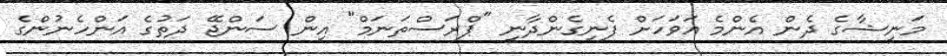
މަނީޝާގެ ދެން އެންމެ އަވަހަށް ފެނިގެންދާނީ "ޕްރަސްތަނަމް" އިން ސަންޖޭ ދަތުގެ އަންހެނުންގެ